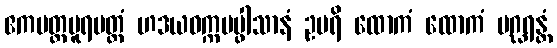
ဧကပတ္ထပူရမတ္တံ ဟဒယဝက္ကပပ္ဖါသာနံ ဥပရိ ထောကံ ထောကံ ပဂ္ဃရန္တံ